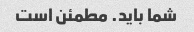
شما باید. مطمئن است